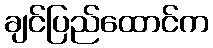
ချင်ပြည်ထောင်က